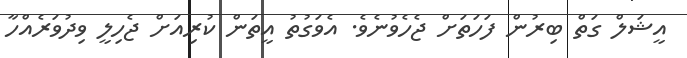
އީޝަލް ގަތް ބިރުން ފަހަތަށް ޖެހެވުނެވެ. އެވަގުތު އީތަން ކުރިއަށް ޖެހިލީ ވިދުވަރެއްހާ